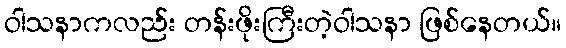
ဝါသနာကလည်း တန်းဖိုးကြီးတဲ့ဝါသနာ ဖြစ်နေတယ်။